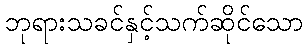
ဘုရားသခင်နှင့်သက်ဆိုင်သော